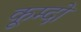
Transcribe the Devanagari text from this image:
कूम्दो